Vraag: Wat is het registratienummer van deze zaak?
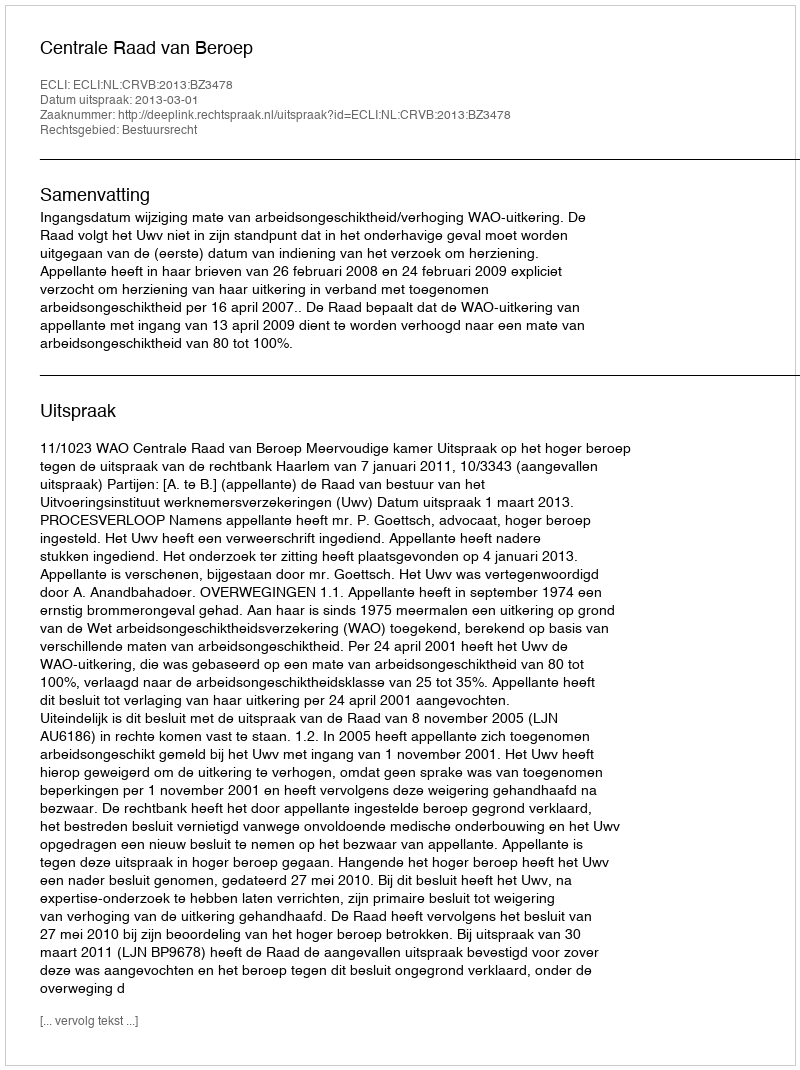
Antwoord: http://deeplink.rechtspraak.nl/uitspraak?id=ECLI:NL:CRVB:2013:BZ3478